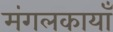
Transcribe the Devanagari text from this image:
मंगलकायाँ